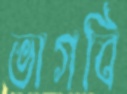
ভাগবি